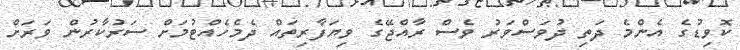
ކޮވިޑުގެ އެންމެ ދަތި ދުވަސްވަރު ވެސް ރާއްޖޭގެ ވިޔަފާރިތައް ދެމެހެއްޓުމަށް ސަރުކާރުން ވަރަށް